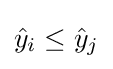
{\hat {y}}_{i}\leq {\hat {y}}_{j}